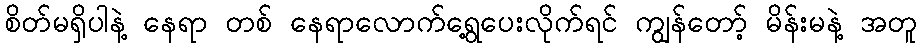
စိတ်မရှိပါနဲ့ နေရာ တစ် နေရာလောက်ရွေ့ပေးလိုက်ရင် ကျွန်တော့် မိန်းမနဲ့ အတူ